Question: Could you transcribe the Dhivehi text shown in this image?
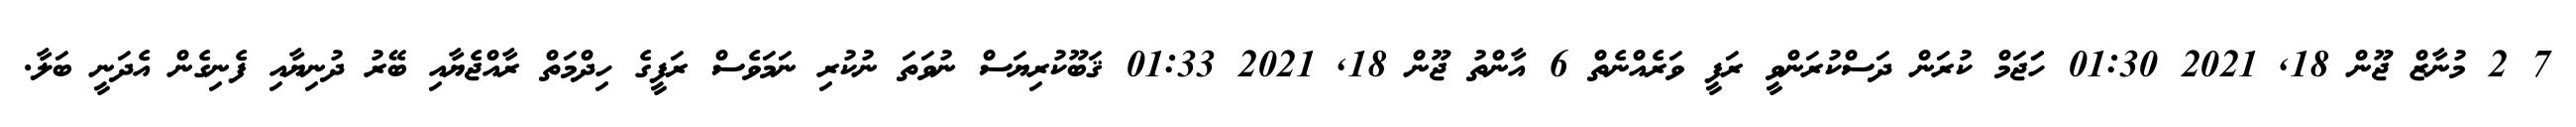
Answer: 7 2 މުނާޒް ޖޫން 18, 2021 01:30 ހަަޖަމް ކުރަން ދަސްކުރަންވީ ރަފީ ވަރެއްނެތް 6 އާންތު ޖޫން 18, 2021 01:33 ޤަބޫކުރިޔަސް ނުވަތަ ނުކުރި ނަމަވެސް ރަފީގެ ހިދްމަތް ރާއްޖެޔާއި ބޭރު ދުނިޔާއި ފެނިގެން އެދަނީ ބަލާ.